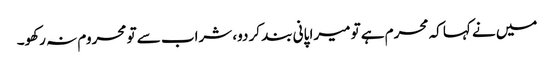
میں نے کہا کہ محرم ہے تو میرا پانی بند کر دو، شراب سے تو محروم نہ رکھو۔